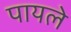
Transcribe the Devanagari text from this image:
पायले